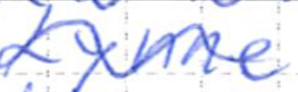
Text: Lynne
Cross-out: wave
Writing tool: ballpoint